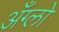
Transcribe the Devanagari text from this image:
अँग्लो